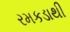
રમકડાથી